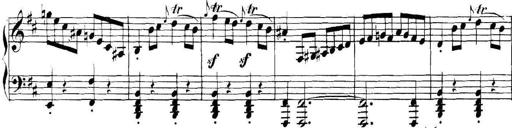
Title: Collected Piano Sonatas
Composer: Muzio Clementi